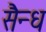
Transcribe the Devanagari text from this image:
सैन्ध